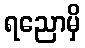
ရညောမှိ